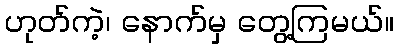
ဟုတ်ကဲ့၊ နောက်မှ တွေ့ကြမယ်။